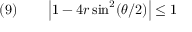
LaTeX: \quad ( 9 ) \qquad \left\vert 1 - 4 r \sin ^ { 2 } ( \theta / 2 ) \right\vert \leq 1